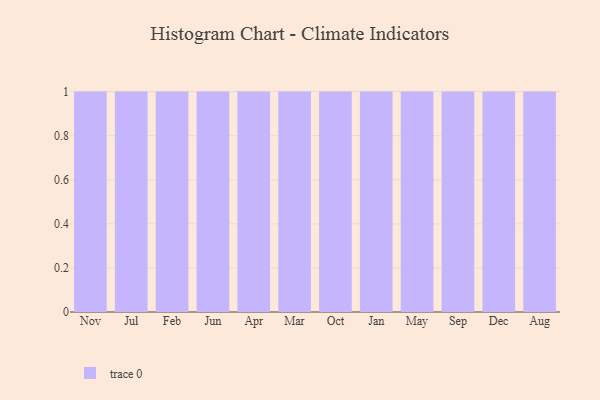
{"axis": {"x": "Month", "y": "Website Visitors"}, "legend": [""], "data": [{"x": "Nov", "y": 15, "type": ""}, {"x": "Jul", "y": 46, "type": ""}, {"x": "Feb", "y": 49, "type": ""}, {"x": "Jun", "y": 43, "type": ""}, {"x": "Apr", "y": 94, "type": ""}, {"x": "Mar", "y": 48, "type": ""}, {"x": "Oct", "y": 39, "type": ""}, {"x": "Jan", "y": 96, "type": ""}, {"x": "May", "y": 20, "type": ""}, {"x": "Sep", "y": 47, "type": ""}, {"x": "Dec", "y": 81, "type": ""}, {"x": "Aug", "y": 54, "type": ""}]}